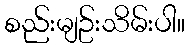
စည်းမျဥ်းသိမ်းပါ။